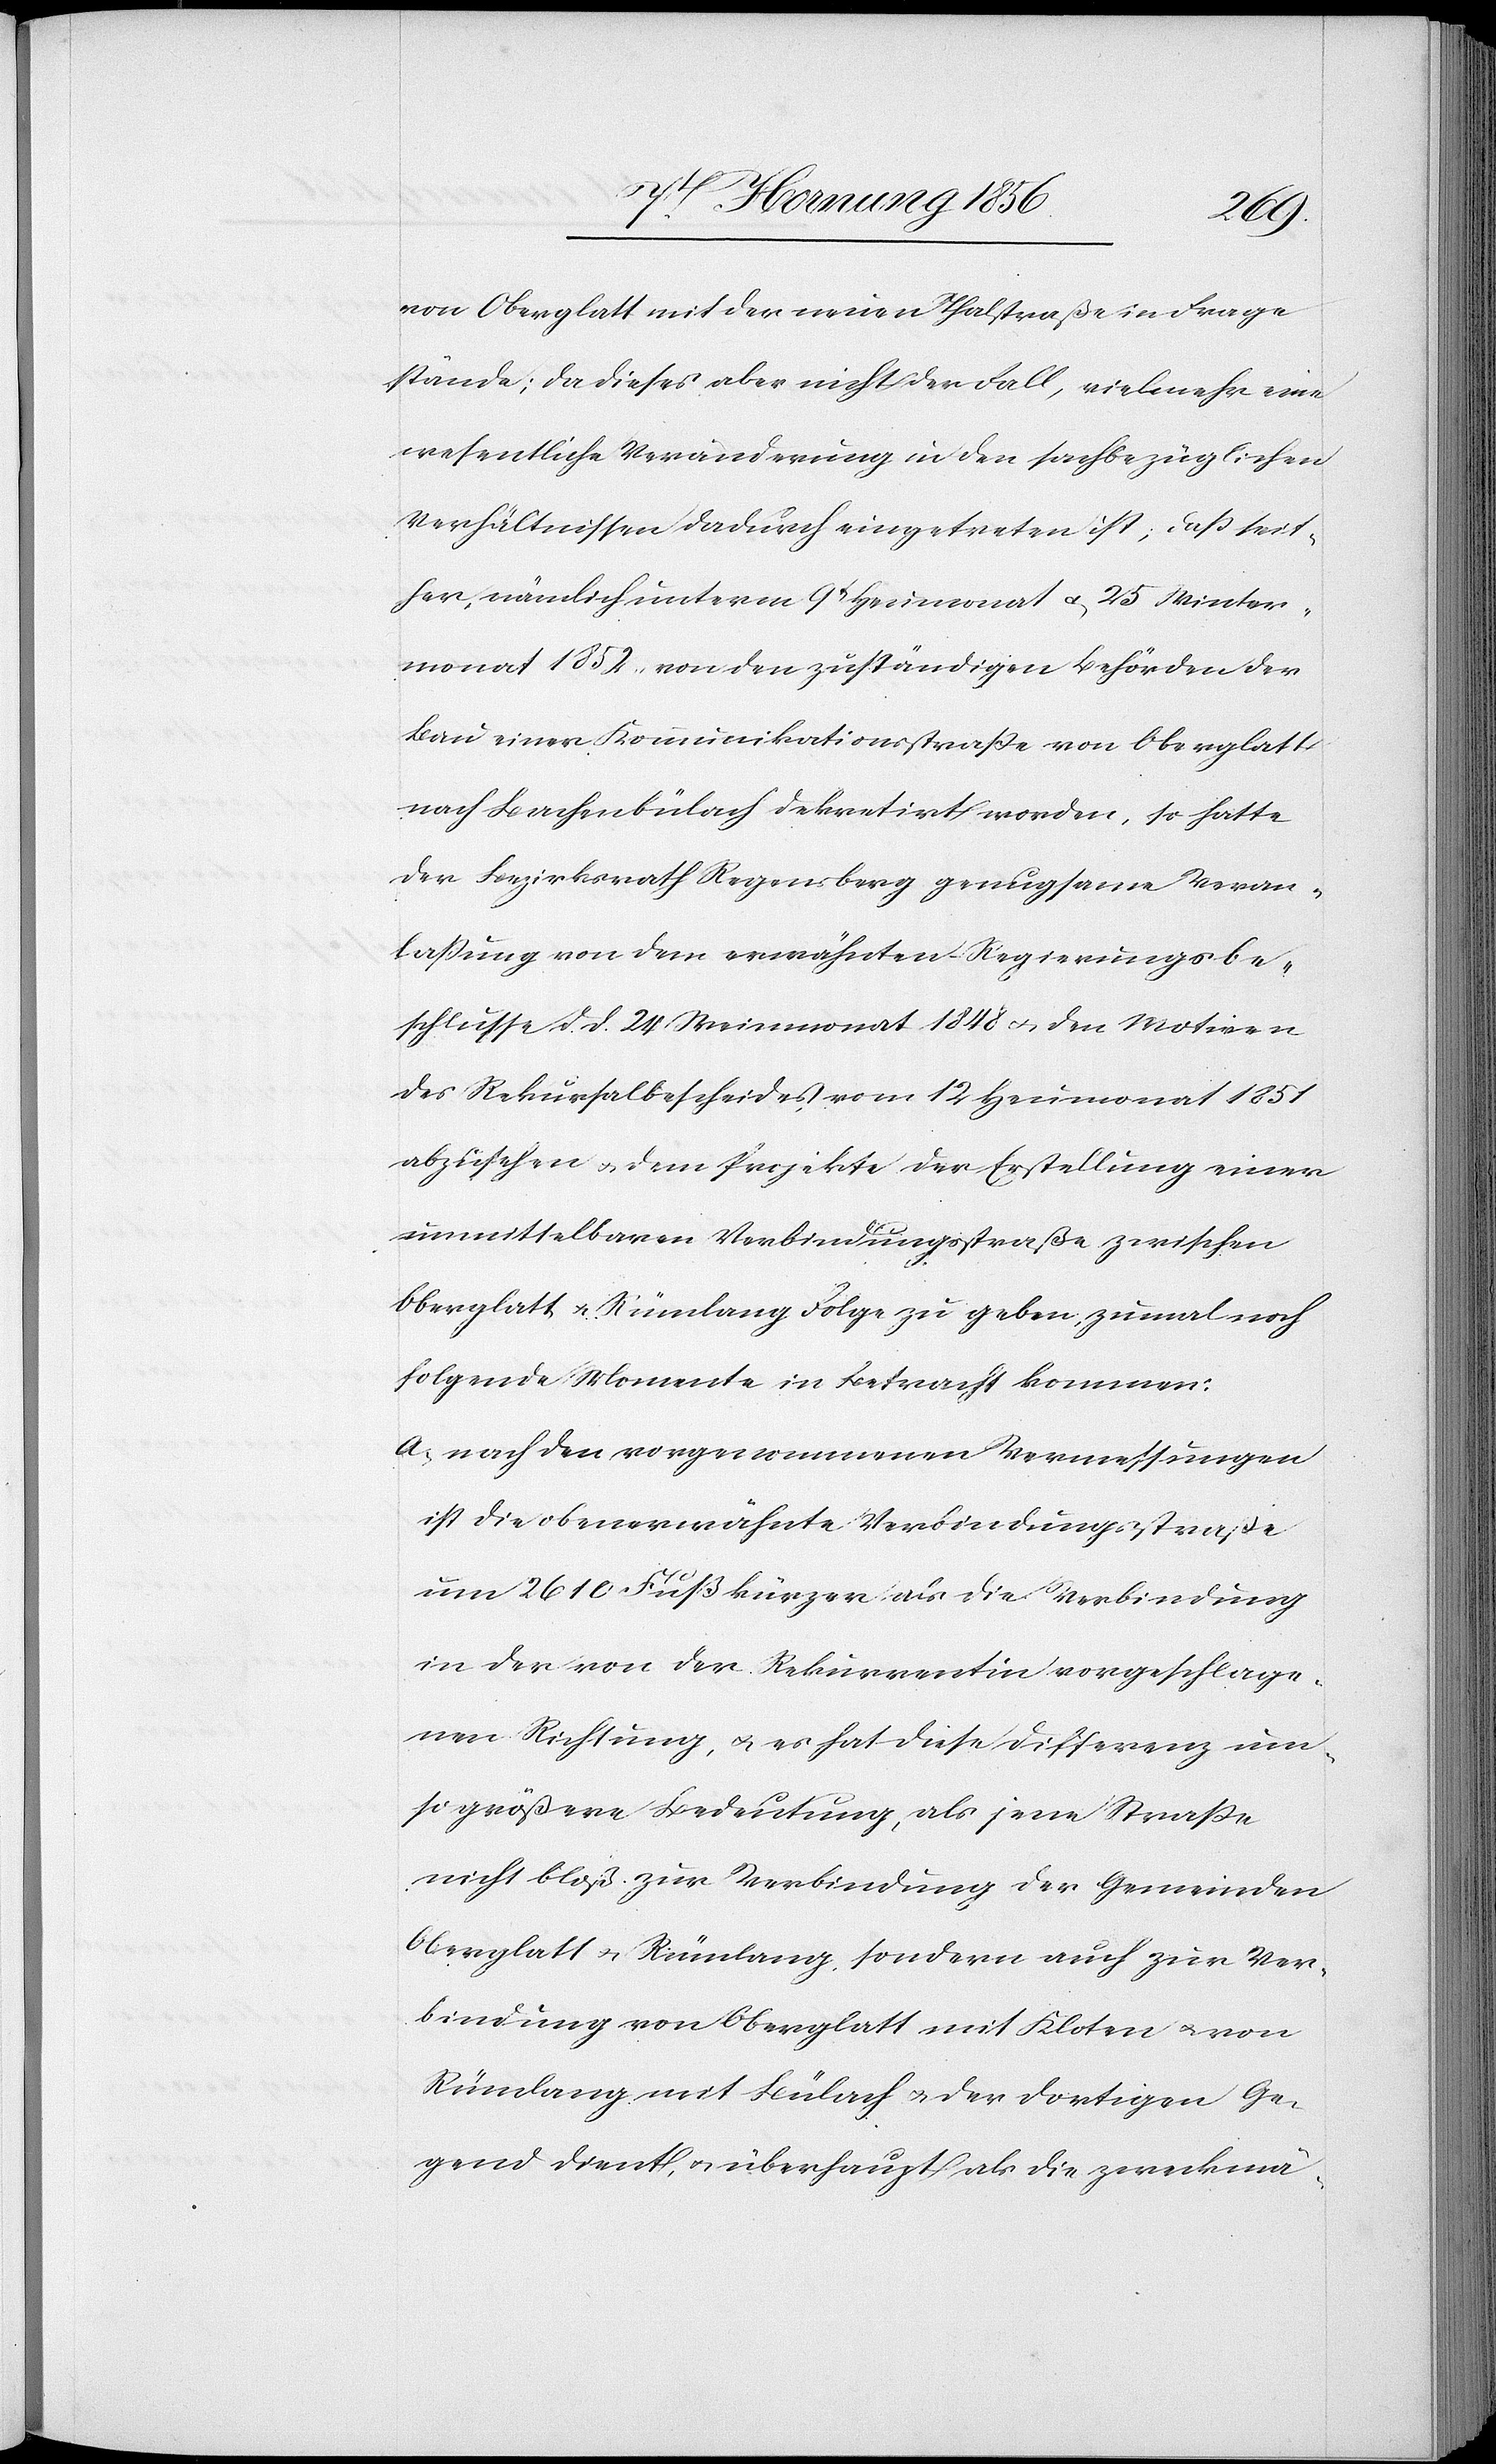
von Oberglatt mit der neuen Thalstraße in Frage
stände; da dieses aber nicht der Fall, vielmehr eine
wesentliche Veränderung in den sachbezüglichen
Verhältnissen dadurch eingetreten ist, daß seit¬
her, nämlich unterm 9t Heumonat u. 25 Winter¬
monat 1852, von den zuständigen Behörden der
Bau einer Kommunikationsstraße von Oberglatt
nach Bachenbülach dekretirt worden, so hatte
der Bezirksrath Regensberg genugsame Veran¬
laßung von dem erwähnten Regierungsbe¬
schlusse d. d. 24 Weinmonat 1848 u. den Motiven
des Rekursalbescheides vom 12 Heumonat 1851
abzusehen u. dem Projekte der Erstellung einer
unmittelbaren Verbindungsstraße zwischen
Oberglatt u. Rümlang Folge zu geben, zumal noch
folgende Momente in Betracht kommen:
a., nach den vorgenommenen Vermessungen
ist die obenerwähnte Verbindungsstraße
um 2610 Fuß kürzer als die Verbindung
in der von der Rekurrentin vorgeschlage¬
nen Richtung, u. es hat diese Differenz um¬
so größere Bedeutung, als jene Straße
nicht bloß zur Verbindung der Gemeinden
Oberglatt u. Rümlang, sondern auch zur Ver¬
bindung von Oberglatt mit Kloten u. von
Rümlang mit Bülach u. der dortigen Ge¬
gend dient, u. überhaupt als die zweckmä-